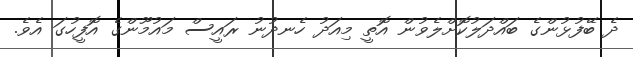
ދެ ބޭފުޅުންގެ ބައްދަލުކޮށްލެވުން އޮތީ މިއަދު ހެނދުނު ރައީސް މައުމޫންގެ އޮފީހުގަ އެވެ.